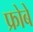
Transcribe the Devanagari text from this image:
फ्रोबे